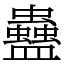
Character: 蠱